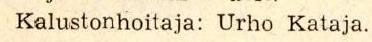
 Kalustonhoitaja: Urho Kataja.